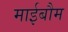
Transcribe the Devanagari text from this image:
माईबौम